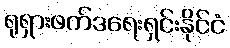
ရုရှားဖက်ဒရေးရှင်းနိုင်ငံ